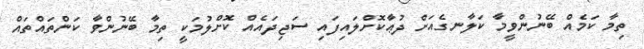
ތިމާ ކަމެއް ބޭނުންވީމާ ކަލާނގެއަށް ދުޢާކޮށްލައިފައި ސަޖިދައެއް ކޮށްލުމަކީ ތިމާ ބޭނުންވާ ކަންތައްތައް